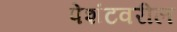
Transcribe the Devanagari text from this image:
पेशंटवरील